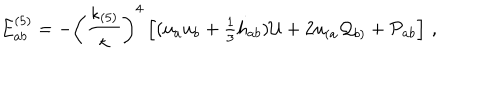
E _ { a b } ^ { ( 5 ) } = - \left( \frac { \kappa _ { ( 5 ) } ^ { } } { \kappa } \right) ^ { 4 } \left[ ( u _ { a } u _ { b } + \textstyle { \frac { 1 } { 3 } } h _ { a b } ) { \cal U } + 2 u _ { ( a } { \cal Q } _ { b ) } + { \cal P } _ { a b } \right] \, ,